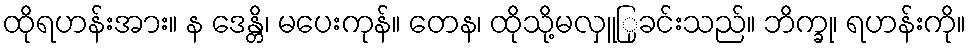
ထိုရဟန်းအား။ န ဒေန္တိ၊ မပေးကုန်။ တေန၊ ထိုသို့မလှူြုခင်းသည်။ ဘိက္ခု၊ ရဟန်းကို။